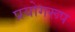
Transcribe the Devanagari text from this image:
प्रयोगरूप